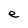
Character: e